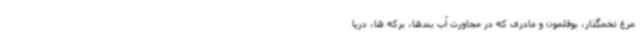
مرغ تخمگذار، بوقلمون و مادری که در مجاورت آب بندها، برکه ها، دریا